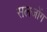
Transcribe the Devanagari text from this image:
सलजोंग